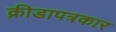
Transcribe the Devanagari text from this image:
क्रीडापत्रकार